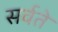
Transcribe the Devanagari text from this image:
सर्वते